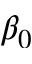
\beta _ { 0 }